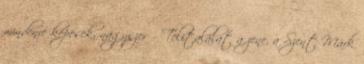
mindenre képesek, nagyszerű- Telitalálat a zene, a Szent Márk